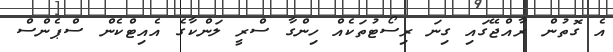
އެ ގޮތުން ރާއްޖޭގައި ގިނަ ރިސޯޓުތަކެއް ހިންގާ ސްރީ ލަންކާގެ އެއިޓްކެން ސްޕެންސް